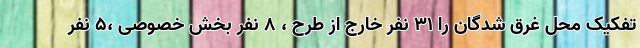
تفکیک محل غرق شدگان را 31 نفر خارج از طرح ، 8 نفر بخش خصوصی ،5 نفر